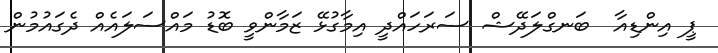
ޕީ އިންޑިއާ  ބަނގްލަދޭޝް ސަރަހައްދީ އިމާގުޅޭ ޒަމާންވީ ބޮޑު މައްސަލައެއް ދެގައުމުން